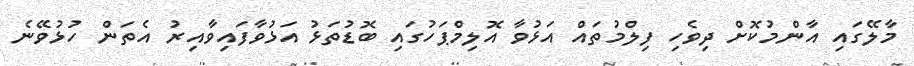
މާލޭގައި އާންމުކޮށް ދިވެހި ފިލްމުތައް އަޅުވާ އޮލިމްޕަހުގައި ބޮޑުތަޅު އަޅުވާފައިވާއިރު އެތަން ހުޅުވޭނެ